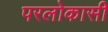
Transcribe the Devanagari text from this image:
परलोकासी